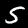
Digit: 5